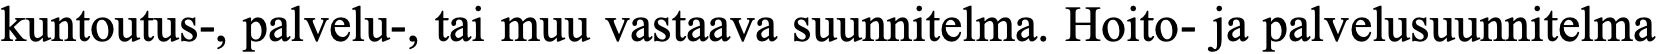
kuntoutus-, palvelu-, tai muu vastaava suunnitelma. Hoito- ja palvelusuunnitelma